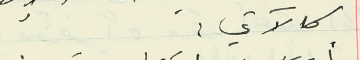
كالآتي :